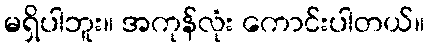
မရှိပါဘူး။ အကုန်လုံး ကောင်းပါတယ်။